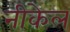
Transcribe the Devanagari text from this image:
नीकेल